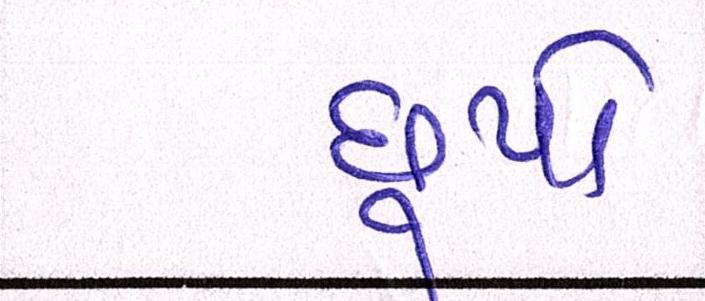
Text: છૂપો